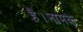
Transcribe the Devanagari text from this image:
है।नामक